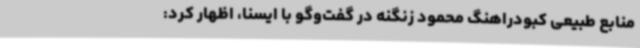
منابع طبیعی کبودراهنگ محمود زنگنه در گفت‌وگو با ایسنا، اظهار کرد: